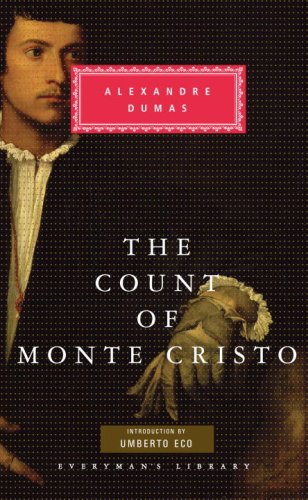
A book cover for The Count of Monte Cristo (Everyman's Library); Alexandre Dumas; Science Fiction & Fantasy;